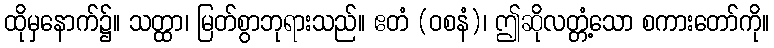
ထိုမှနောက်၌။ သတ္ထာ၊ မြတ်စွာဘုရားသည်။ ဧတံ (ဝစနံ)၊ ဤဆိုလတ္တံ့သော စကားတော်ကို။